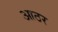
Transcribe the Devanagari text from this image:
आठर